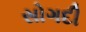
સોગદી